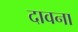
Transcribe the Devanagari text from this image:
दावना